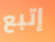
إتبع